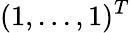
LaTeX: (1,...,1)^{T}